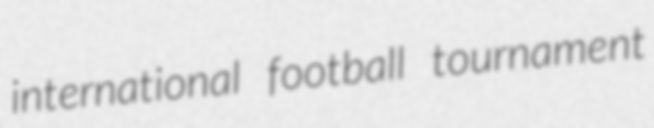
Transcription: international football tournament